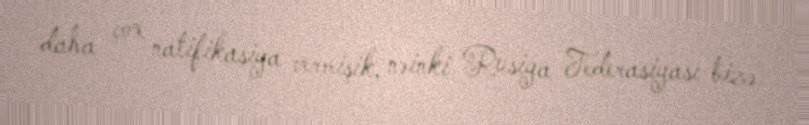
daha çox natifikasiya vermişik, nəinki Rusiya Federasiyası bizə.